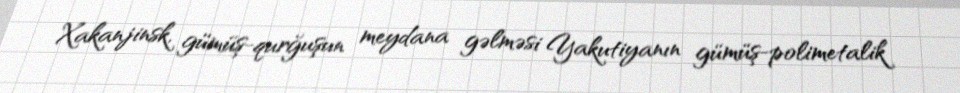
Xakanjinsk, gümüş-qurğuşun meydana gəlməsi Yakutiyanın gümüş-polimetalik